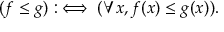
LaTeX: ( f \leq g ) : \iff ( \forall x , f ( x ) \leq g ( x ) ) .